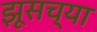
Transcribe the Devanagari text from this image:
झूसच्या